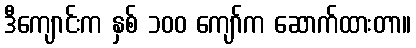
ဒီကျောင်းက နှစ် ၁၀၀ ကျော်က ဆောက်ထားတာ။